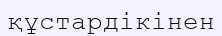
құстардікінен